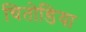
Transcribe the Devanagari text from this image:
चितोडिया